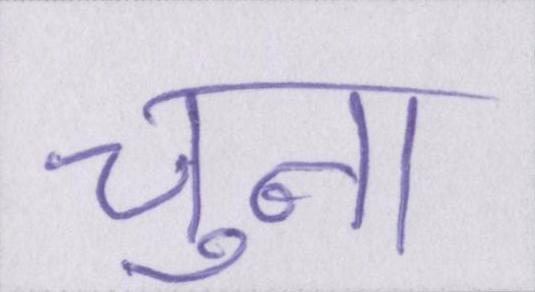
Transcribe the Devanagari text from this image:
चुना